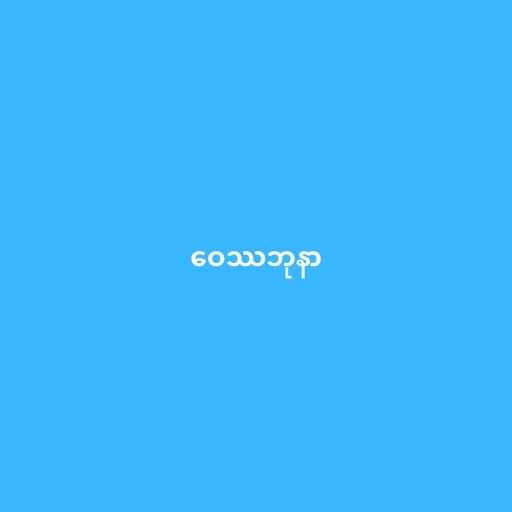
ဝေဿဘုနာ